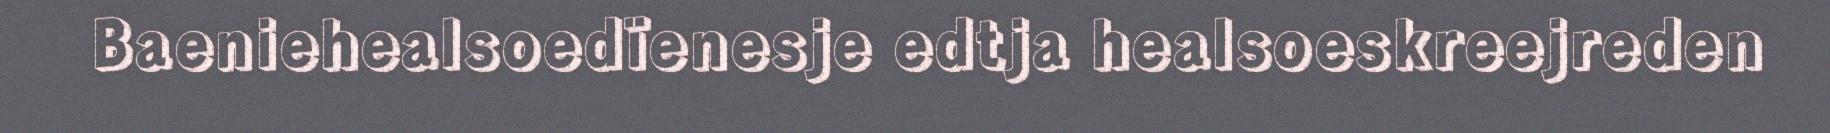
Baeniehealsoedïenesje edtja healsoeskreejreden